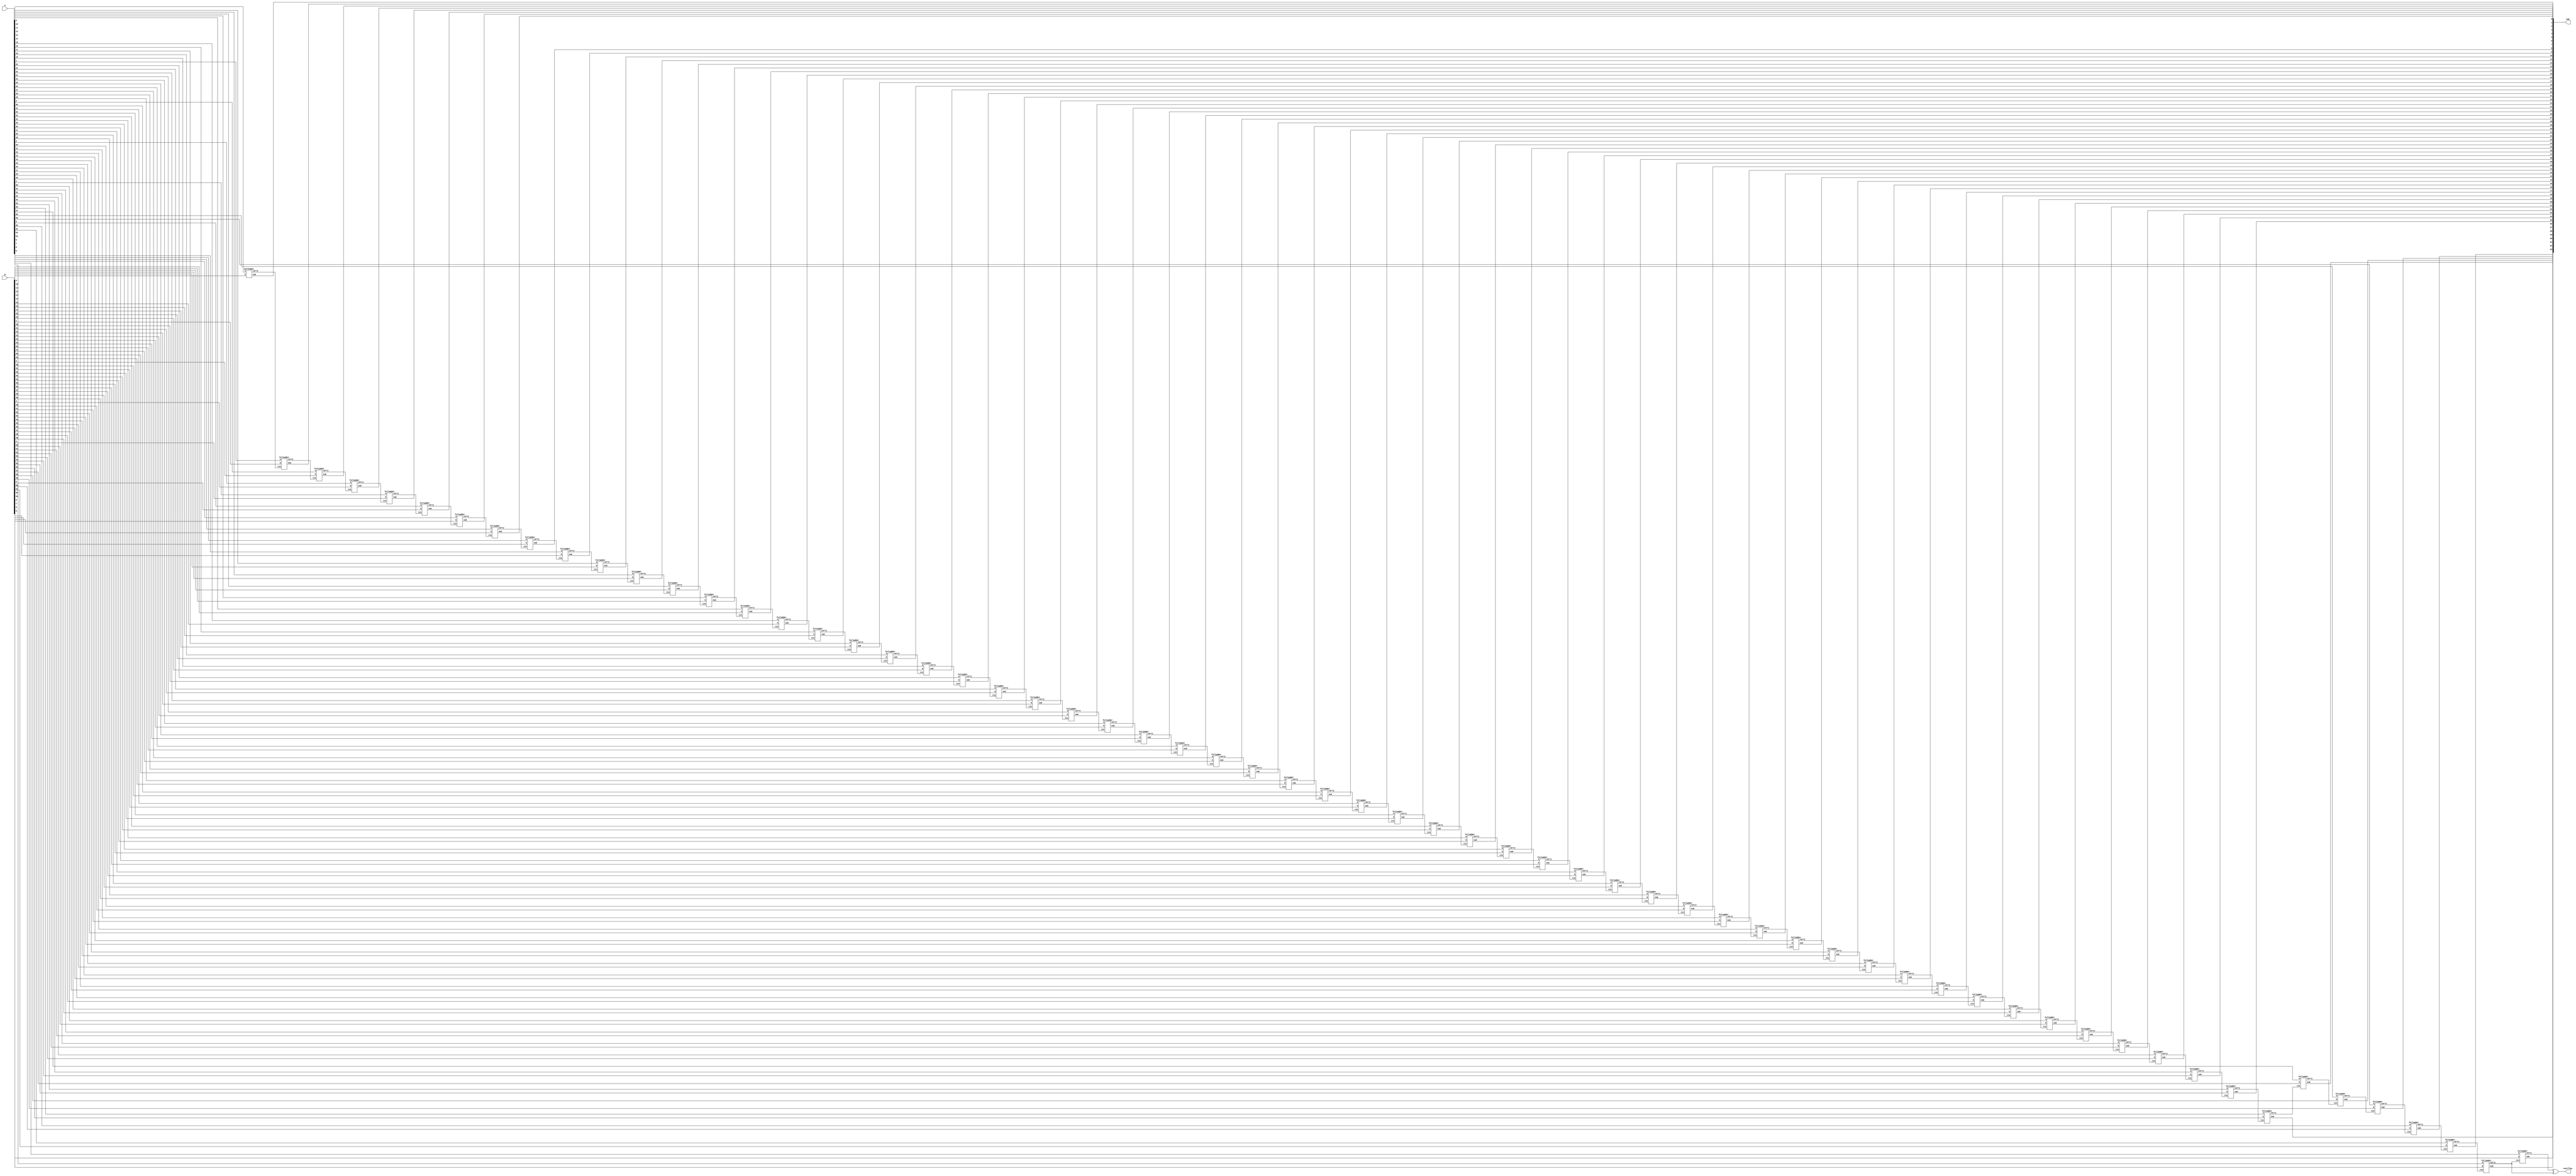
`timescale 1ns / 1ps

module add64bit(
    input signed [63:0] A,
    input signed [63:0] B,
    output signed [63:0] sum,
    output overflow
);

wire [63:0] carry;

genvar i;

generate for (i = 0; i < 64; i=i+1)
begin
if (i==0) begin
    halfadder add1 (A[i],B[i],sum[i],carry[i]);
end
if (i != 0) begin
    fulladder add1 (A[i],B[i],carry[i-1],sum[i],carry[i]);
end
end
endgenerate

xor XOR1 (overflow, carry[63], carry[62]);

endmodule


module halfadder(
  input a,
  input b,
  output sum,
  output carry
  );

  xor g2(sum,a,b);
  and g1(carry,a,b);

endmodule

module fulladder(
    input a,
    input b,
    input cin,
    output sum,
    output carry
);

  xor g1(s1,a,b);
  and g2(c1,a,b);
  xor g3(sum,cin,s1);
  and g4(c2,s1,cin);
  or g5(carry,c2,c1);

endmodule